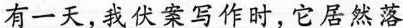
有一天，我伏案写作时，它居然落